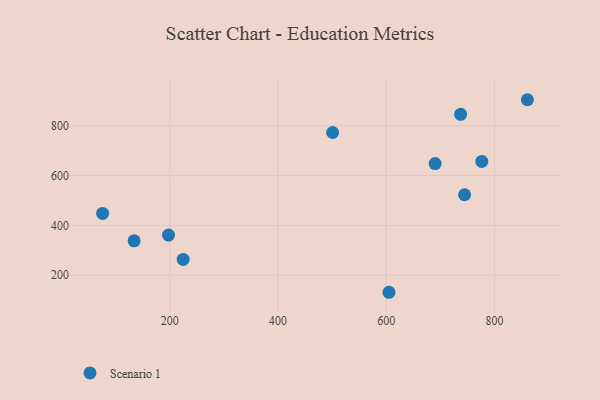
{"axis": {"x": "Engine Size", "y": "Demand"}, "legend": ["Scenario 1"], "data": [{"x": "75.7", "y": 448.2, "type": "Scenario 1"}, {"x": "860.8", "y": 904.4, "type": "Scenario 1"}, {"x": "605.0", "y": 131.5, "type": "Scenario 1"}, {"x": "500.8", "y": 772.8, "type": "Scenario 1"}, {"x": "224.6", "y": 263.5, "type": "Scenario 1"}, {"x": "133.9", "y": 337.9, "type": "Scenario 1"}, {"x": "197.5", "y": 361.0, "type": "Scenario 1"}, {"x": "690.3", "y": 648.1, "type": "Scenario 1"}, {"x": "744.7", "y": 522.9, "type": "Scenario 1"}, {"x": "776.5", "y": 656.8, "type": "Scenario 1"}, {"x": "737.4", "y": 845.9, "type": "Scenario 1"}]}